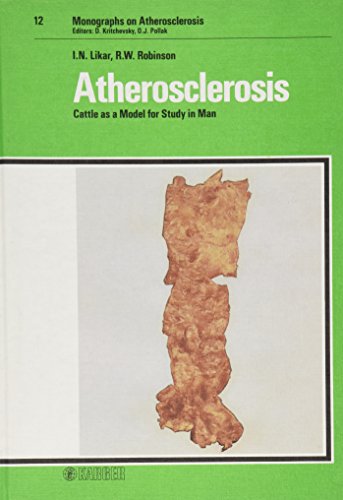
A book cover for Atherosclerosis: Cattle as a Model for Study in Man (Monographs on Atherosclerosis, Vol. 12); I.N. Likar; Medical Books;